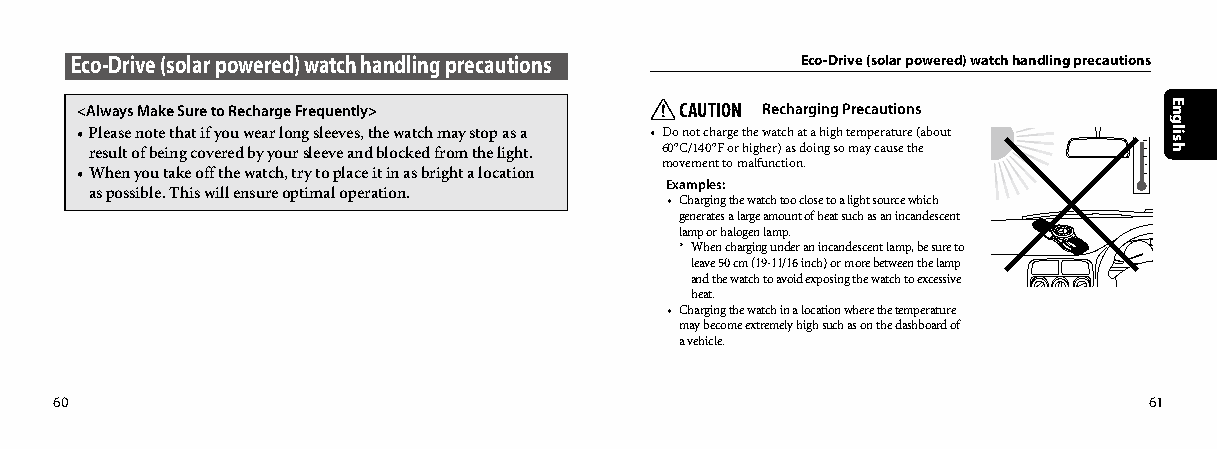
Eco-Drive (solar powered) watch handling precautions Eco-Drive (solar powered) watch handling precautions
 <Always Make Sure to Recharge Frequently> CAUTION Recharging Precautions
 • Please note that if you wear long sleeves, the watch may stop as a • Do not charge the watch at a high temperature (about
 result of being covered by your sleeve and blocked from the light. 60°C/140°F or higher) as doing so may cause the
 movement to malfunction.
 • When you take off the watch, try to place it in as bright a location
 Examples:
 as possible. This will ensure optimal operation.
 • Charging the watch too close to a light source which
 generates a large amount of heat such as an incandescent
 lamp or halogen lamp.
 * When charging under an incandescent lamp, be sure to
 leave 50 cm (19-11/16 inch) or more between the lamp
 and the watch to avoid exposing the watch to excessive
 heat.
 • Charging the watch in a location where the temperature
 may become extremely high such as on the dashboard of
 a vehicle.
 60                                                                      61
 English